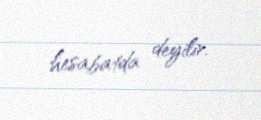
hesabatda deyilir.